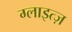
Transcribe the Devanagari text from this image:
ग्लाइत्ज़